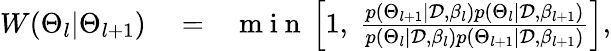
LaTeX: \begin{array}{rlr}{W(\Theta_{l}|\Theta_{l+1})}&{{}=}&{\mathrm{~m~i~n~}\left[1,\ \frac{p(\Theta_{l+1}|\mathcal{D},\beta_{l})p(\Theta_{l}|\mathcal{D},\beta_{l+1})}{p(\Theta_{l}|\mathcal{D},\beta_{l})p(\Theta_{l+1}|\mathcal{D},\beta_{l+1})}\right],}\end{array}